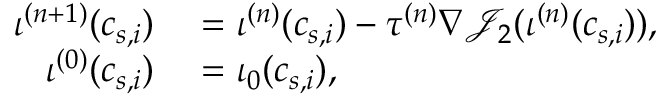
\begin{array} { r l } { \iota ^ { ( n + 1 ) } ( c _ { s , i } ) } & { { } = \iota ^ { ( n ) } ( c _ { s , i } ) - \tau ^ { ( n ) } \nabla \mathcal { J } _ { 2 } ( \iota ^ { ( n ) } ( c _ { s , i } ) ) , } \\ { \iota ^ { ( 0 ) } ( c _ { s , i } ) } & { { } = \iota _ { 0 } ( c _ { s , i } ) , } \end{array}